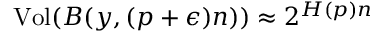
{ \mathrm { V o l } } ( B ( y , ( p + \epsilon ) n ) ) \approx 2 ^ { H ( p ) n }